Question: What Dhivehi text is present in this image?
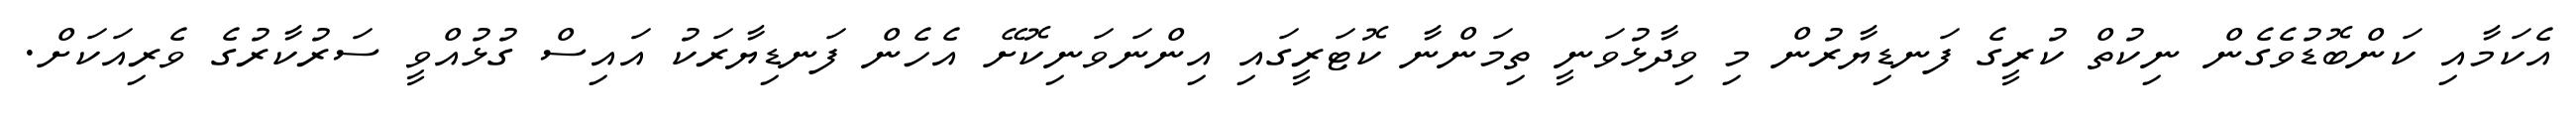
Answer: އެކަމާއި ކަންބޮޑުވެގެން ނިކުތް ކުރީގެ ފަނޑިޔާރުން މި ވިދާޅުވަނީ ތިމަންނާ ކޮޓަރީގައި އިންނަވަނިކޮށޭ އެހެން ފަނޑިޔާރަކު އައިސް ގުޅުއްވީ ސަރުކާރުގެ ވެރިއަކަށް.